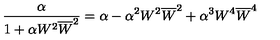
\frac { \alpha } { 1 + \alpha W ^ { 2 } \overline { { W } } ^ { 2 } } = \alpha - \alpha ^ { 2 } W ^ { 2 } \overline { { W } } ^ { 2 } + \alpha ^ { 3 } W ^ { 4 } \overline { { W } } ^ { 4 }